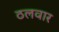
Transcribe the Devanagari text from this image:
ठलवार